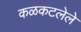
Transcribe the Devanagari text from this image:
कळकटलेले